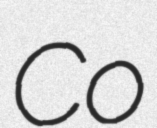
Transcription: Co